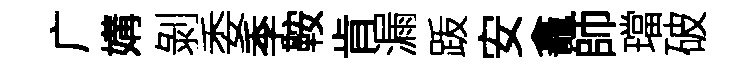
广媾剝委季鞍肯漏䟦安龕師璫破